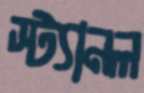
স্ট্যানল